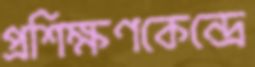
প্রশিক্ষণকেন্দ্রে